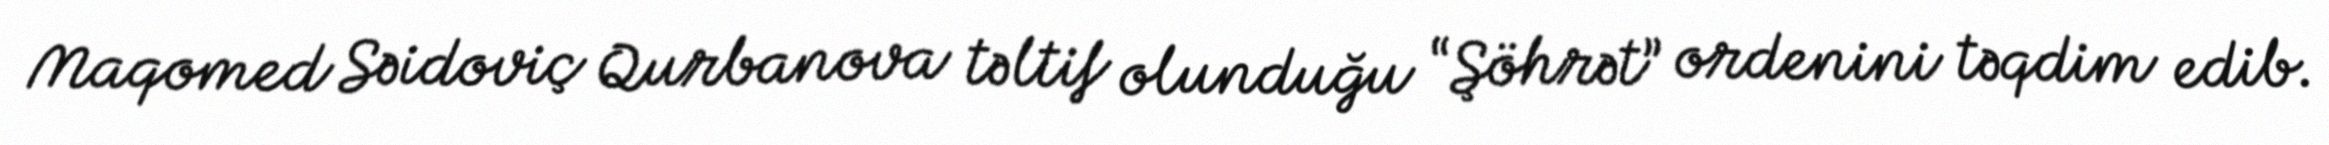
Maqomed Səidoviç Qurbanova təltif olunduğu “Şöhrət” ordenini təqdim edib.